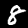
Label: 8